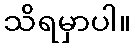
သိရမှာပါ။